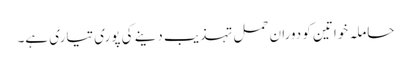
حاملہ خواتین کو دوران حمل تہذیب دینے کی پوری تیاری ہے۔